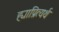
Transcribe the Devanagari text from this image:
ह्याप्रित्यर्थ